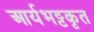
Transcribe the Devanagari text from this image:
आर्यभट्टकृत